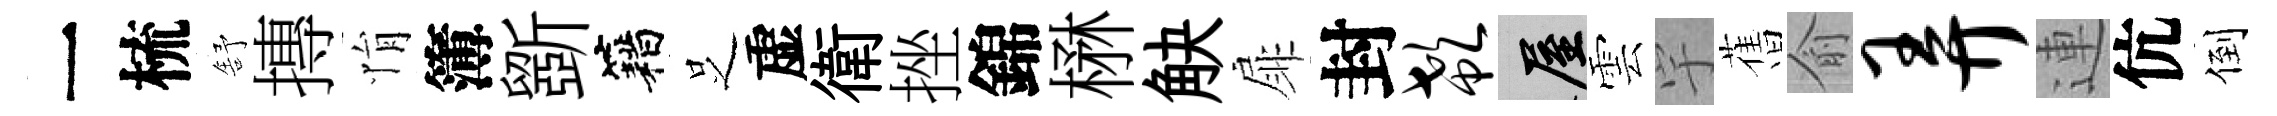
一梳舒摶悁簿斵籍𠯁虚衛挫錦楙觖扉封欷屋雲宇𦾔俞弄連伉倒